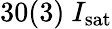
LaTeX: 30(3)~I_{\mathrm{sat}}